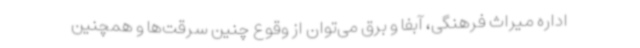
اداره میراث فرهنگی، آبفا و برق می‌توان از وقوع چنین سرقت‌ها و همچنین